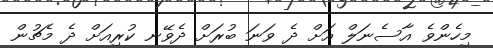
މިހެންވެ އާސެނަލް އަށް ދެ ވަނަ ބުރަށް ދެވޭނ ކުރިއަށް ދެ މެޗުން